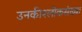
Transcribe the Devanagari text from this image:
उनकीश्लोकसंख्या